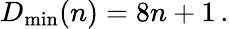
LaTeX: D_{\mathrm{min}}(n)=8n+1\, .